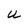
Character: U